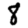
Digit: 8